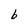
Character: b